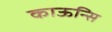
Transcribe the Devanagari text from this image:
काऊन्सि